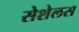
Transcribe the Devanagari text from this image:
सेशेलस